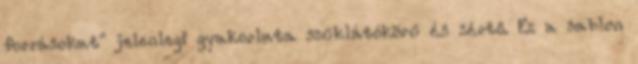
forrásokat" jelenlegi gyakorlata szűklátókörű és sértő. Ez a sablon